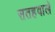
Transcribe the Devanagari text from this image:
सतहवाले